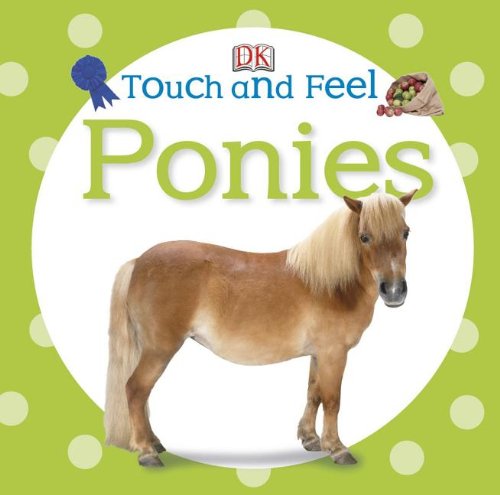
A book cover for Touch and Feel: Ponies (Touch & Feel); DK Publishing; Children's Books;